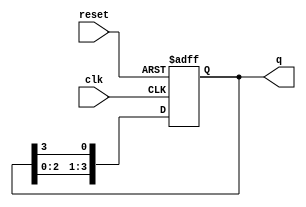
module ring_counter (
    input wire clk,          // Clock input
    input wire reset,        // Reset input
    output reg [3:0] q       // 4-bit output
);

    // Initial state
    initial begin
        q = 4'b1000;         // Initialize to 1000
    end

    // On the rising edge of the clock or on reset
    always @(posedge clk or posedge reset) begin
        if (reset) begin
            q <= 4'b1000;     // Reset to initial state
        end else begin
            // Shift the '1' to the next flip-flop
            q <= {q[2:0], q[3]}; // Shift left, wrap around
        end
    end

endmodule